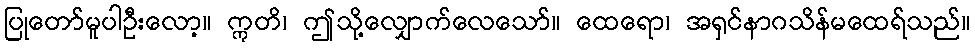
ပြုတော်မူပါဦးလော့။ ဣတိ၊ ဤသို့လျှောက်လေသော်။ ထေရော၊ အရှင်နာဂသိန်မထေရ်သည်။